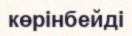
көрінбейді